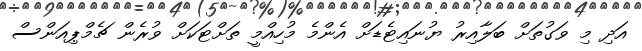
އަދި މި ވަގުތަށް ބަލާއިރު ޔުނައިޓެޑަށް އެންމެ މުހިއްމީ ތަށްޓަކަށް ވުރެން ޗެމްޕިއަންސް